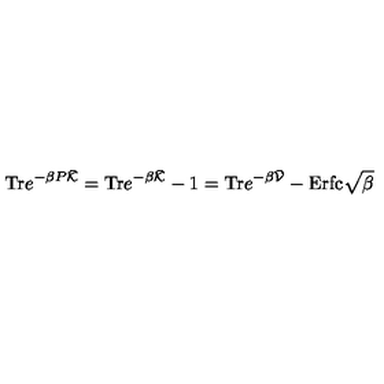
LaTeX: \mathrm { T r } e ^ { - \beta P \bar { { \cal K } } } = \mathrm { T r } e ^ { - \beta \bar { { \cal K } } } - 1 = \mathrm { T r } e ^ { - \beta \bar { { \cal V } } } - \mathrm { E r f c } \sqrt { \beta }